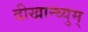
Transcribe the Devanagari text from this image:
दीखान्थ्युम्